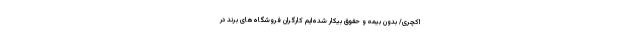
اکچری/ بدون بیمه و حقوق بیکار شده‌ایم کارگران فروشگاه‌های برند در